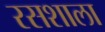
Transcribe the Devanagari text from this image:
रसशाला